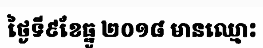
ថ្ងៃទី៩ខែធ្នូ ២០១៨ មានឈ្មោះ